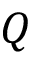
Q